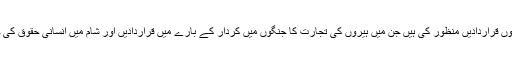
اس دوران جنرل اسمبلی نے بھی درجنوں قراردادیں منظور کی ہیں جن میں ہیروں کی تجارت کا جنگوں میں کردار کے بارے میں قراردادیں اور شام میں انسانی حقوق کی خلاف ورزیوں کے تحقیقات شامل ہیں۔